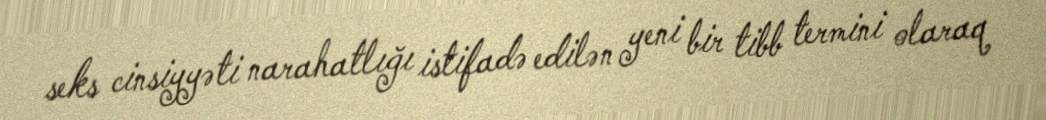
seks cinsiyyəti narahatlığı istifadə edilən yeni bir tibb termini olaraq